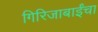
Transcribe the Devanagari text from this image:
गिरिजाबाईंचा